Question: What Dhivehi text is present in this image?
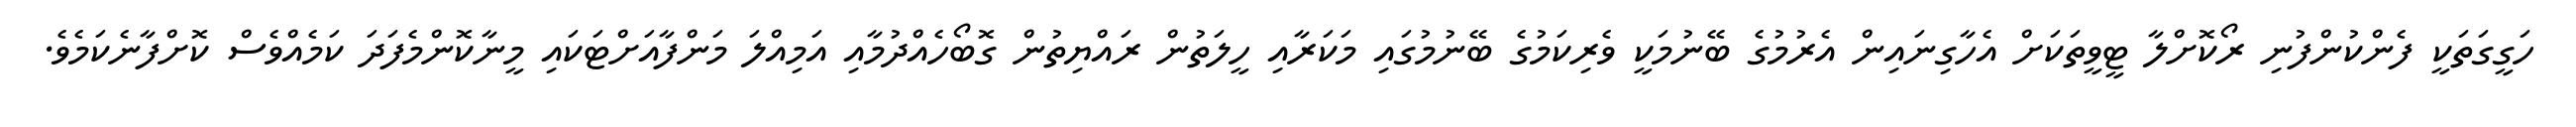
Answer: ހަގީގަތަކީ ފެންކުންފުނި ރޯކޮށްލާ ޓީވީތަކަށް އެހާގިނައިން އެރުމުގެ ބޭނުމަކީ ވެރިކަމުގެ ބޭނުމުގައި މަކަރާއި ހީލަތުން ރައްޔިތުން ގޮބޯހެއްދުމާއި އަމިއްލަ މަންފާއަށްޓަކައި މީނާކޮންމެފަދަ ކަމެއްވެސް ކޮށްފާނެކަމެވެ.